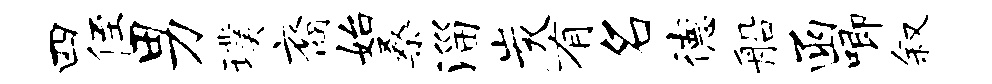
四侄男璞裔始桑淄炭有名德船函唧叙